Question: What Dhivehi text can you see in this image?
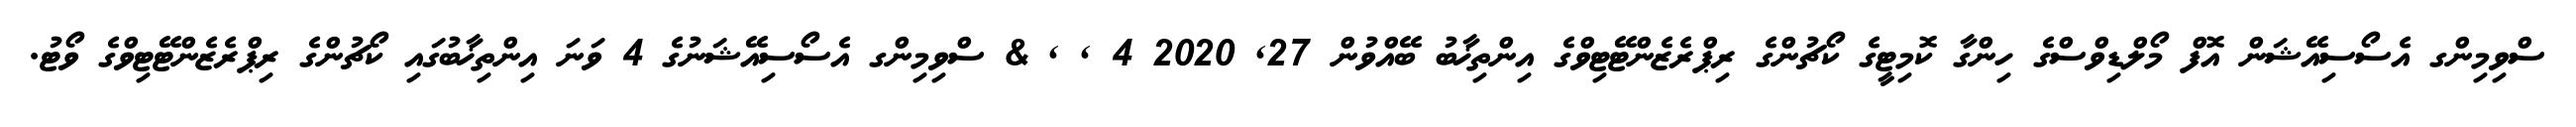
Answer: ސްވިމިންގ އެސޯސިއޭޝަން އޮފް މޯލްޑިވްސްގެ ހިންގާ ކޮމިޓީގެ ކޯޗުންގެ ރިޕްރެޒެންޓޭޓިވްގެ އިންތިޚާބު ބޭއްވުން 27, 2020 4 , , & ސްވިމިންގ އެސޯސިއޭޝަނުގެ 4 ވަނަ އިންތިޚާބުގައި ކޯޗުންގެ ރިޕްރެޒެންޓޭޓިވްގެ ވޯޓު.